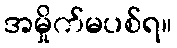
အမှိုက်မပစ်ရ။